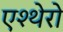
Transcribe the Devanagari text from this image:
एश्थेरो